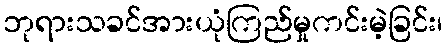
ဘုရားသခင်အားယုံကြည်မှုကင်းမဲ့ခြင်း၊